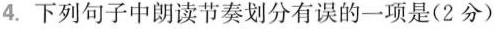
4.下列句子中朗读节奏划分有误的一项是(2分)